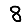
Digit: 8